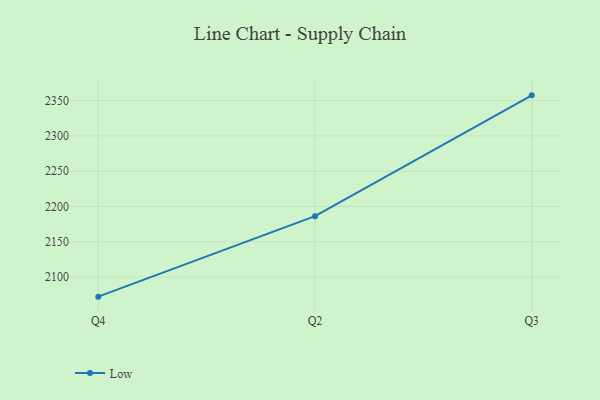
{"axis": {"x": "Quarter", "y": "Population (Million)"}, "legend": ["Low"], "data": [{"x": "Q4", "y": 2072.2, "type": "Low"}, {"x": "Q2", "y": 2186.3, "type": "Low"}, {"x": "Q3", "y": 2357.5, "type": "Low"}]}